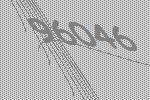
96046